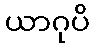
ယာဂုပိ